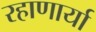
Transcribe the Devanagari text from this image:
रहाणार्या